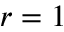
r = 1